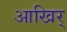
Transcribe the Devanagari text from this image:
आखिर्